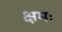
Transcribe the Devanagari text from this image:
क्षमः